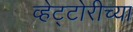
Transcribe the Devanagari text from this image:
व्हेट्टोरीच्या